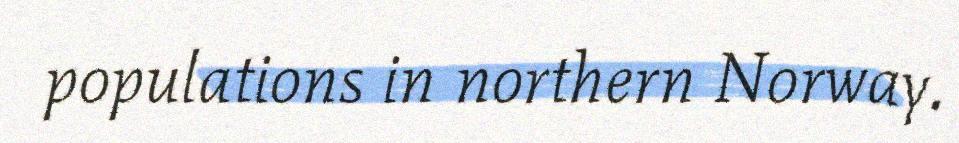
populations in northern Norway.